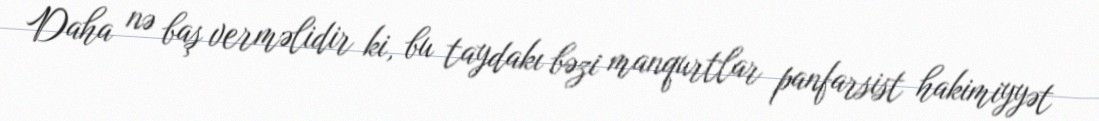
Daha nə baş verməlidir ki, bu taydakı bəzi manqurtlar panfarsist hakimiyyət